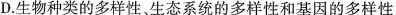
D.生物种类的多样性、生态系统的多样性和基因的多样性